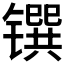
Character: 𰾼